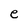
Character: e